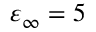
\varepsilon _ { \infty } = 5